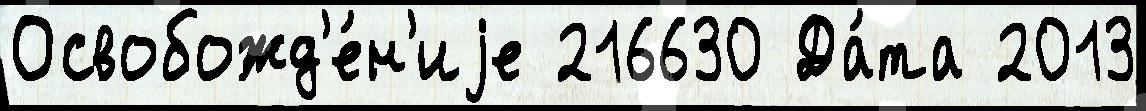
Освобожд'е́н'иjе 216630 Да́та 2013